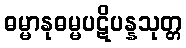
ဓမ္မာနုဓမ္မပဋိပန္နသုတ္တ